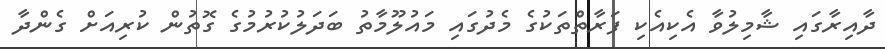
ދާއިރާގައި ޝާމިލުވާ އެކިއެކި ފަރާތްތަކުގެ މެދުގައި މައުލޫމާތު ބަދަލުކުރުމުގެ ގޮތުން ކުރިއަށް ގެންދާ